Code of medical and sanitary regulations for the guidance of medical officers serving in the Madras Presidency - Volume I
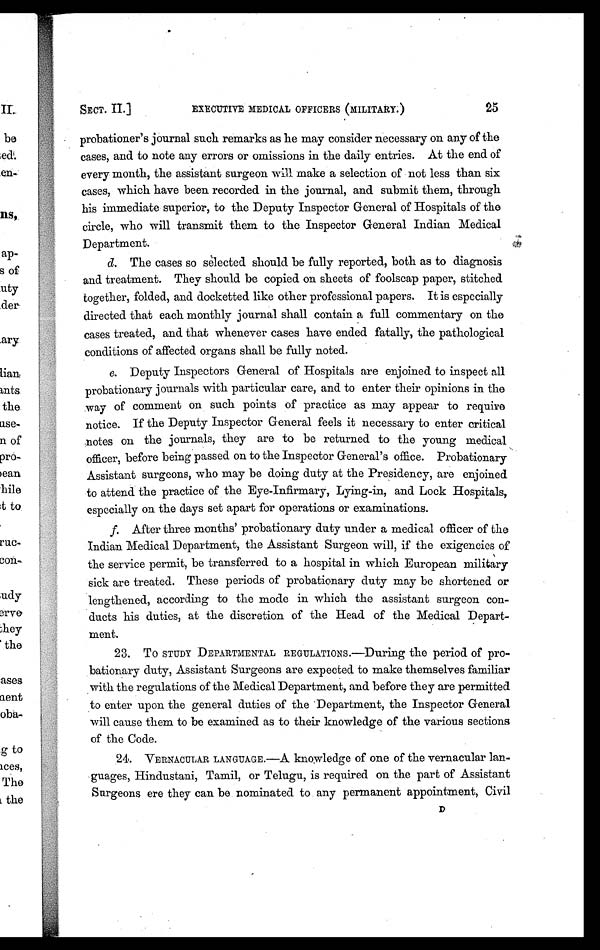
SECT. II.]
EXECUTIVE MEDICAL OFFICERS (MILITARY.)
25
probationer's journal such remarks as he may consider necessary on any of the
cases, and to note any errors or omissions in the daily entries. At the end of
every month, the assistant surgeon will make a selection of not less than six
cases, which have been recorded in the journal, and submit them, through
his immediate superior, to the Deputy Inspector General of Hospitals of the
circle, who will transmit them to the Inspector General Indian Medical
Department.
d. The cases so selected should be fully reported, both as to diagnosis
and treatment. They should be copied on sheets of foolscap paper, stitched
together, folded, and docketted like other professional papers. It is especially
directed that each monthly journal shall contain a full commentary on the
cases treated, and that whenever cases have ended fatally, the pathological
conditions of affected organs shall be fully noted.
e. Deputy Inspectors General of Hospitals are enjoined to inspect all
probationary journals with particular care, and to enter their opinions in the
way of comment on such points of practice as may appear to require
notice. If the Deputy Inspector General feels it necessary to enter critical
notes on the journals, they are to be returned to the young medical
officer, before being passed on to the Inspector General's office. Probationary
Assistant surgeons, who may be doing duty at the Presidency, are enjoined
to attend the practice of the Eye-Infirmary, Lying-in, and Lock Hospitals,
especially on the days set apart for operations or examinations.
f. After three months' probationary duty under a medical officer of the
Indian Medical Department, the Assistant Surgeon will, if the exigencies of
the service permit, be transferred to a hospital in which European military
sick are treated. These periods of probationary duty may be shortened or
lengthened, according to the mode in which the assistant surgeon con-
ducts his duties, at the discretion of the Head of the Medical Depart-
ment.
23. To STUDY DEPARTMENTAL REGULATIONS.—During the period of pro-
bationary duty, Assistant Surgeons are expected to make themselves familiar
with the regulations of the Medical Department, and before they are permitted
to enter upon the general duties of the Department, the Inspector General
will cause them to be examined as to their knowledge of the various sections
of the Code.
24. VERNACULAR LANGUAGE.-A knowledge of one of the vernacular lan-
guages, Hindustani, Tamil, or Telugu, is required on the part of Assistant
Surgeons ere they can be nominated to any permanent appointment, Civil
D